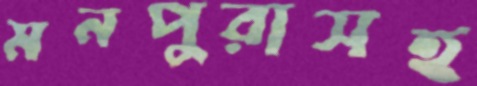
মনপুরাসহ